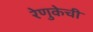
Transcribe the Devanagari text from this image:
रेणुकेची